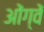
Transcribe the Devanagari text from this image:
ओंग्वें